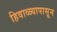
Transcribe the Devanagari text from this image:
हिवाळ्यापासून